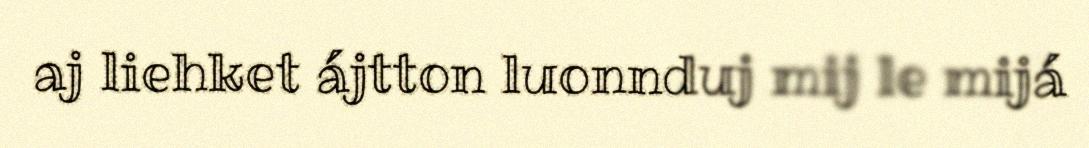
aj liehket ájtton luonnduj mij le mijá